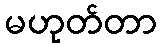
မဟုတ်တာ